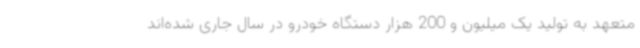
متعهد به تولید یک میلیون و 200 هزار دستگاه خودرو در سال جاری شده‌اند